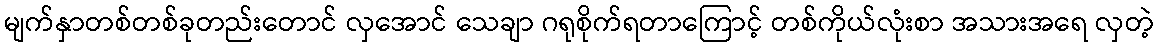
မျက်နှာတစ်တစ်ခုတည်းတောင် လှအောင် သေချာ ဂရုစိုက်ရတာကြောင့် တစ်ကိုယ်လုံးစာ အသားအရေ လှတဲ့